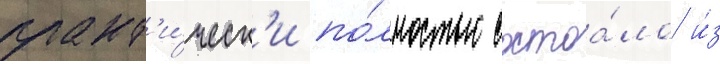
практ'и́ческ'и по́лностью состоа́ло и́з